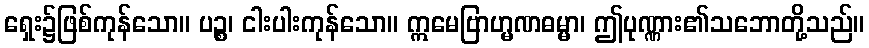
ရှေး၌ဖြစ်ကုန်သော။ ပဉ္စ၊ ငါးပါးကုန်သော။ ဣမေဗြာဟ္မဏဓမ္မာ၊ ဤပုဏ္ဏား၏သဘောတို့သည်။